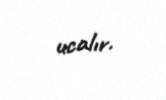
ucalır.